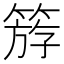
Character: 𥯞